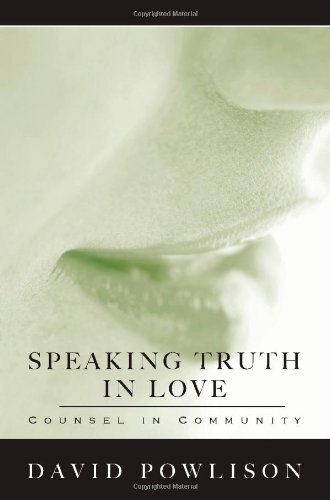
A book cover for Speaking Truth In Love; David Powlison; Christian Books & Bibles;